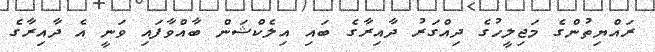
ރައްޔިތުންގެ މަޖިލީހުގެ ދިއްގަރު ދާއިރާގެ ބައި އިލެކްޝަން ބާއްވާފައި ވަނީ އެ ދާއިރާގެ